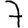
Digit: 7